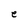
Character: e